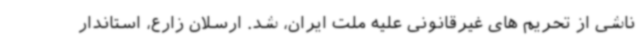
ناشی از تحریم های غیرقانونی علیه ملت ایران،‌ شد. ارسلان زارع، استاندار